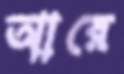
আরে